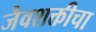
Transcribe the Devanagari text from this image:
जैवशक्तीचा